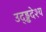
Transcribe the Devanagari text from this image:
उद्ड्ढदेश्य